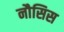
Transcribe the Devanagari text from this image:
नौसिस